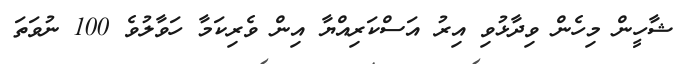
ޝާހީން މިހެން ވިދާޅުވި އިރު އަސްކަރިއްޔާ އިން ވެރިކަމާ ހަވާލުވެ 100 ނުވަތަ